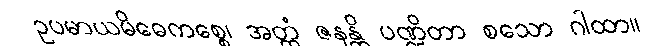
ဥပမာယမိဓေကစ္စေ၊ အတ္ထံ ဇနန္တိ ပဏ္ဍိတာ စသော ဂါထာ။